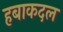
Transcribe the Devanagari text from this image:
हबाकदल